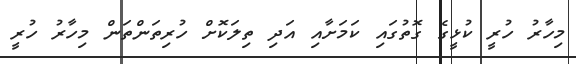
މިހާރު ހުރީ ކުޅީގެ ގޮތުގައި ކަމަށާއި އަދި ތިލަކޮށް ހުރިތަންތަން މިހާރު ހުރީ